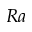
R a